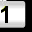
Digit: 1